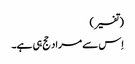
(تفسیر)
اِس سے مراد حج ہی ہے۔